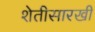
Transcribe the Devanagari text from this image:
शेतीसारखी